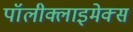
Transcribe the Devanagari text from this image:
पॉलीक्लाइमेक्स